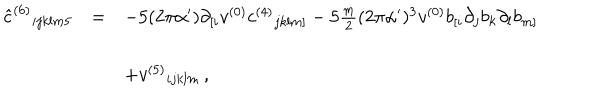
\begin{array} { r c l } { { { \hat { c } } ^ { ( 6 ) } { } _ { i j k l m 5 } } } & { { = } } & { { - 5 ( 2 \pi \alpha ^ { \prime } ) \partial _ { [ i } v ^ { ( 0 ) } c ^ { ( 4 ) } { } _ { j k l m ] } - 5 { \textstyle \frac { m } { 2 } } ( 2 \pi \alpha ^ { \prime } ) ^ { 3 } v ^ { ( 0 ) } b _ { [ i } \partial _ { j } b _ { k } \partial _ { l } b _ { m ] } } } \\ { { } } & { { } } & { { } } \\ { { } } & { { } } & { { + v ^ { ( 5 ) } { } _ { i j k l m } \, , } } \\ \end{array}